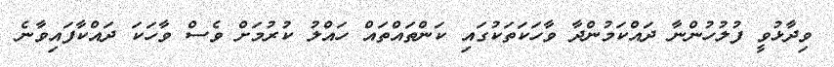
ވިދާޅުވީ ފުލުހުންނާ ދައްކަމުންދާ ވާހަކަތަކުގައި ކަންތައްތައް ހައްލު ކުރުމަށް ވެސް ވާހަކަ ދައްކާފައިވާނެ